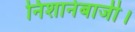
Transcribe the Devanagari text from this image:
निशानेबाजी।